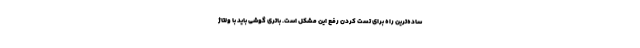
ساده‌ترین راه برای تست کردن رفع این مشکل است. باتری گوشی باید با ولتاژ